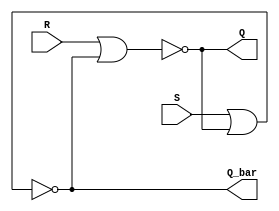
module sr_latch(
    input S,
    input R,
    output Q,
    output Q_bar
);

assign Q = ~(R | Q_bar);
assign Q_bar = ~(S | Q);

endmodule